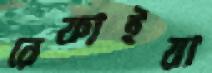
রেফাইয়া